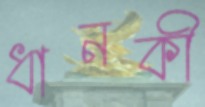
ধানকী